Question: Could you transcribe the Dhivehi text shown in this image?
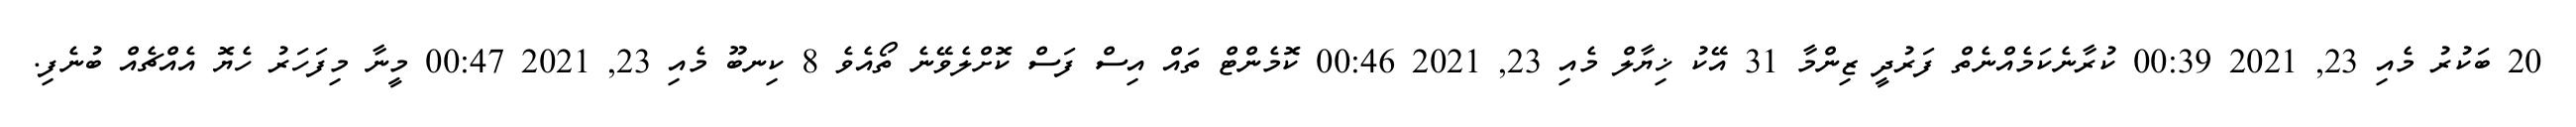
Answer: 20 ބަކުރު މެއި 23, 2021 00:39 ކުރާނެކަމެއްނެތް ފަރުދީ ޒިންމާ 31 އޭކު ޚިޔާލް މެއި 23, 2021 00:46 ކޮމެންޓް ތައް އިސް ފަސް ކޮށްލެވޭނެ ތޯއެވެ 8 ކިނބޫ މެއި 23, 2021 00:47 މީނާ މިފަހަރު ހެޔޮ އެއްޗެއް ބުނެފި.